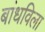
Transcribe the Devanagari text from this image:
बांधविला